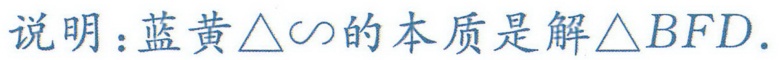
说明：蓝黄\(\triangle\sim\)的本质是解\(\triangle BFD\).